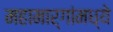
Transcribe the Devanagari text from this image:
महामार्गांमध्ये